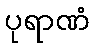
ပုရာဏံ